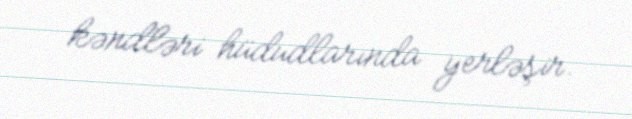
kəndləri hüdudlarında yerləşir.